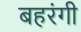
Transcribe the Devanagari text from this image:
बहरंगी